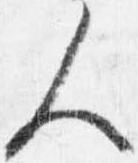
人